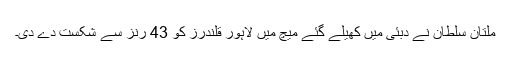
ملتان سلطان نے دبئی میں کھیلے گئے میچ میں لاہور قلندرز کو 43 رنز سے شکست دے دی۔